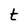
Character: t